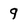
Character: 9